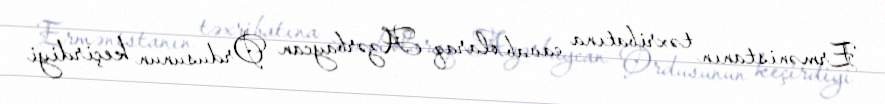
Ermənistanın təxribatına cavab olaraq Azərbaycan Ordusunun keçirdiyi